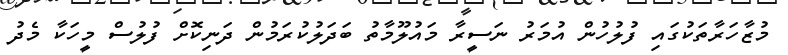
މުޒާހަރާތަކުގައި ފުލުހުން އުމަރު ނަސީރާ މައުލޫމާތު ބަދަލުކުރަމުން ދަނިކޮށް ފުލުސް މީހަކާ މެދު